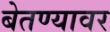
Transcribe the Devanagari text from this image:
बेतण्यावर